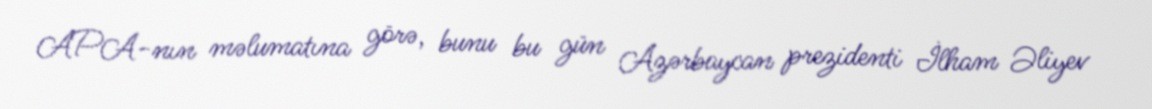
APA-nın məlumatına görə, bunu bu gün Azərbaycan prezidenti İlham Əliyev